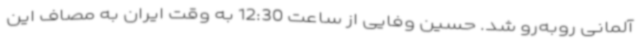
آلمانی روبه‌رو شد. حسین وفایی از ساعت 12:30 به وقت ایران به مصاف این